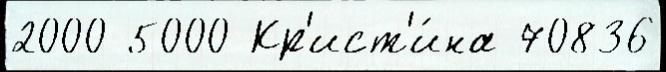
2000 5000 Кр'ист'и́на 70836